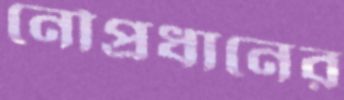
নৌপ্রধানের